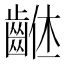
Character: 𪘠